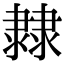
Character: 𨽼